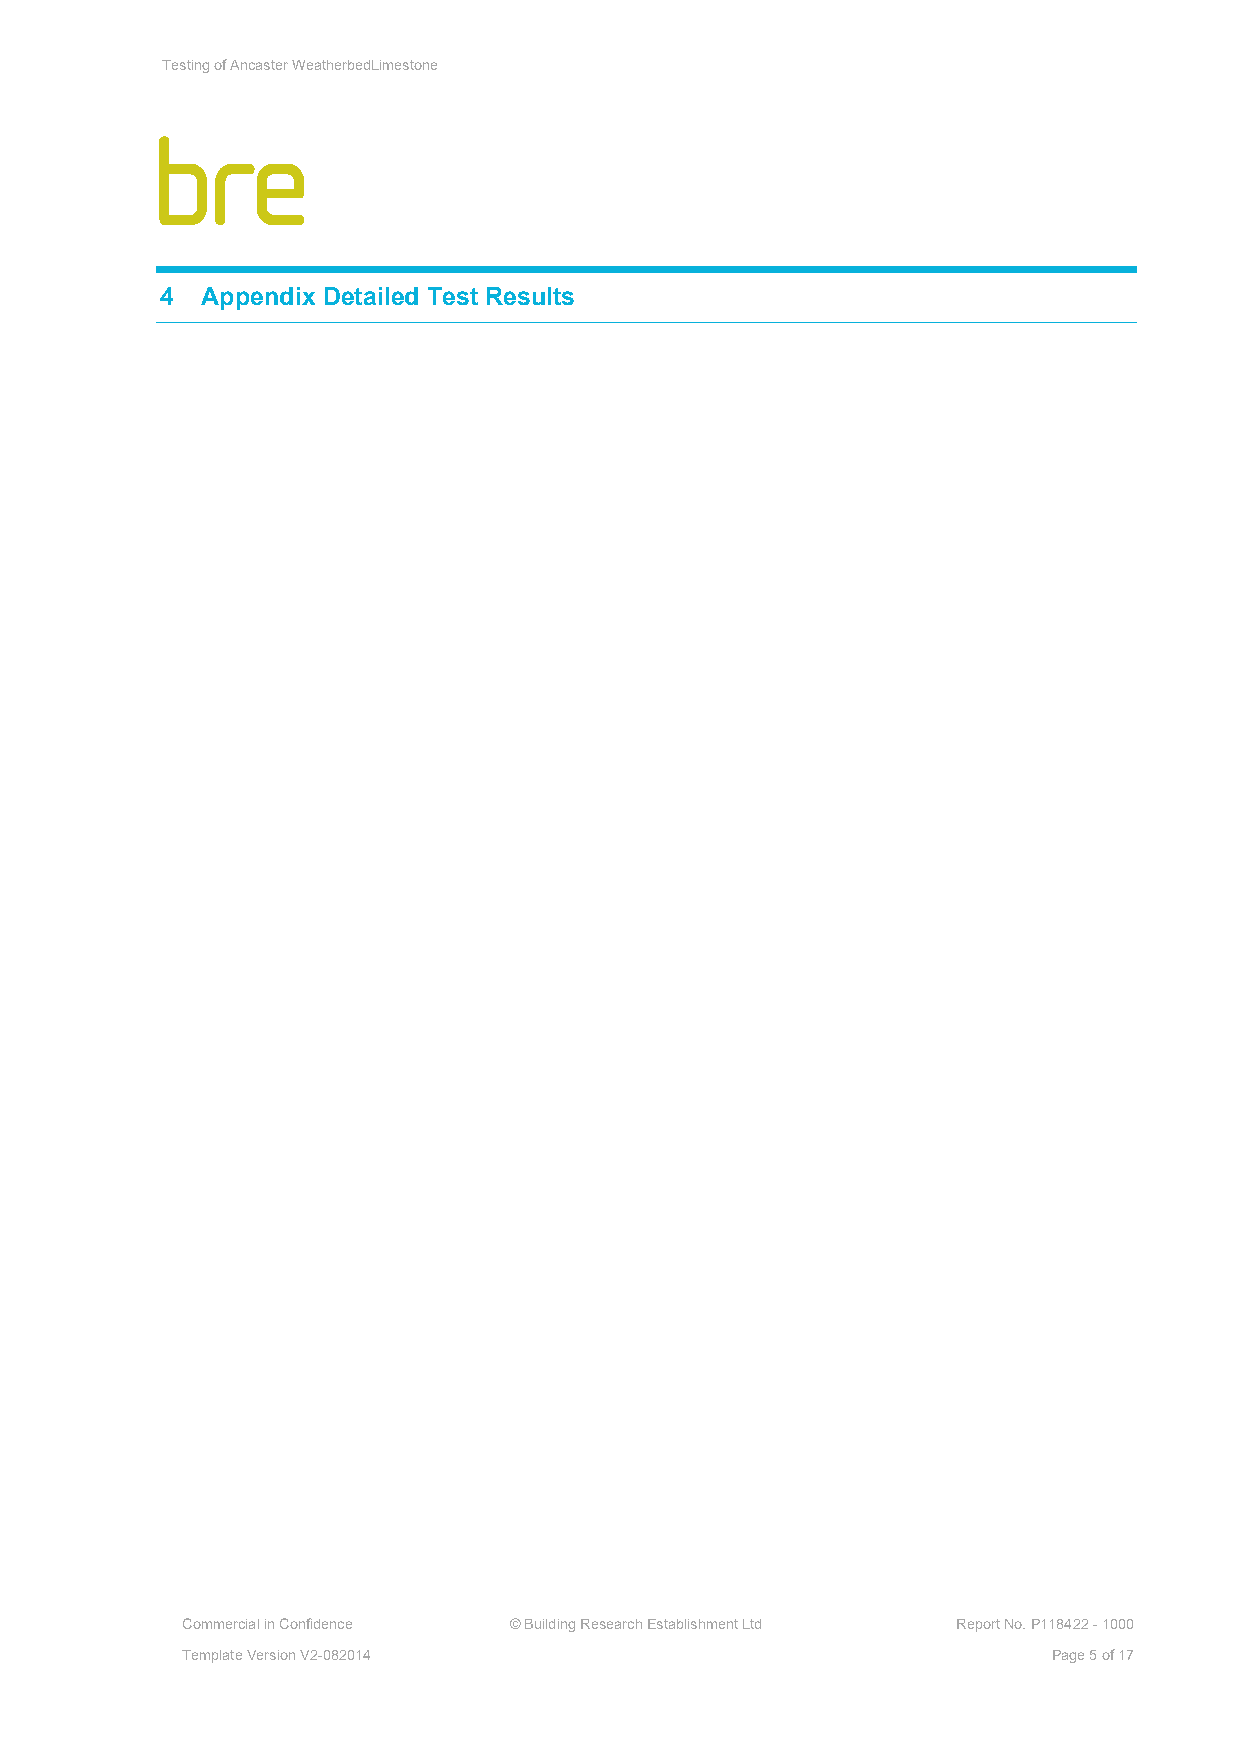
Testing of Ancaster WeatherbedLimestone
 4 Appendix Detailed Test Results
 Commercial in Confidence © Building Research Establishment Ltd Report No. P118422 - 1000
 Template Version V2-082014                                Page 5 of 17